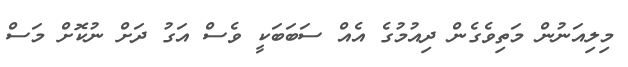
މިލިއަނުން މަތިވެގެން ދިއުމުގެ އެއް ސަބަބަކީ ވެސް އަގު ދަށް ނުކޮށް މަސް